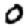
Digit: 0